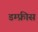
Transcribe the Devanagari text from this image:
डम्फ्रीस